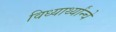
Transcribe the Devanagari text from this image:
विध्यार्थ्यांन्चे